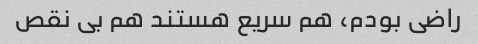
راضی بودم، هم سریع هستند هم بی نقص